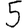
Digit: 5